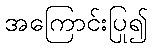
အကြောင်းပြု၍